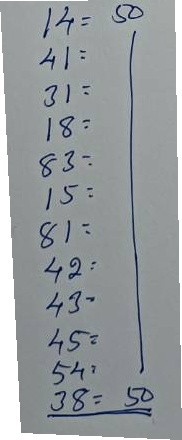
14 = 50
41 = 50
31 = 50
18 = 50
83 = 50
15 = 50
81 = 50
42 = 50
43 = 50
45 = 50
54 = 50
38 = 50